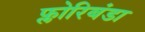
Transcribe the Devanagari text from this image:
फ्लोरिबंडा